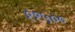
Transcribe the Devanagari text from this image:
११५००